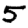
Digit: 5